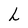
Character: h